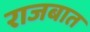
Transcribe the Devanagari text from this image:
राजबात